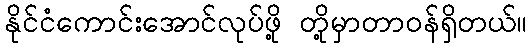
နိုင်ငံကောင်းအောင်လုပ်ဖို့ တို့မှာတာဝန်ရှိတယ်။